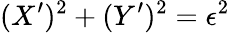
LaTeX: (X^{\prime})^{2}+(Y^{\prime})^{2}=\epsilon^{2}